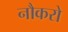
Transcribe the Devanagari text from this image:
नौकरो